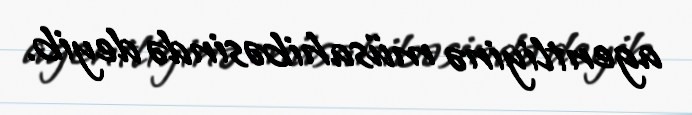
agentliyinə müsahibəsində deyib.